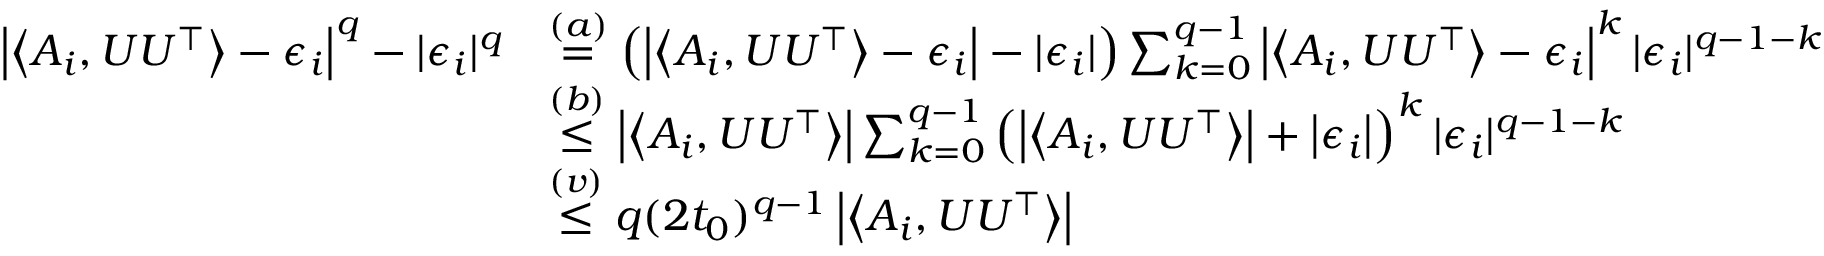
\begin{array} { r l } { \left| \left\langle A _ { i } , U U ^ { \top } \right\rangle - \epsilon _ { i } \right| ^ { q } - | \epsilon _ { i } | ^ { q } } & { \stackrel { ( a ) } { = } \left( \left| \left\langle A _ { i } , U U ^ { \top } \right\rangle - \epsilon _ { i } \right| - | \epsilon _ { i } | \right) \sum _ { k = 0 } ^ { q - 1 } \left| \left\langle A _ { i } , U U ^ { \top } \right\rangle - \epsilon _ { i } \right| ^ { k } | \epsilon _ { i } | ^ { q - 1 - k } } \\ & { \stackrel { ( b ) } { \leq } \left| \left\langle A _ { i } , U U ^ { \top } \right\rangle \right| \sum _ { k = 0 } ^ { q - 1 } \left( \left| \left\langle A _ { i } , U U ^ { \top } \right\rangle \right| + \left| \epsilon _ { i } \right| \right) ^ { k } | \epsilon _ { i } | ^ { q - 1 - k } } \\ & { \stackrel { ( v ) } { \leq } q ( 2 t _ { 0 } ) ^ { q - 1 } \left| \left\langle A _ { i } , U U ^ { \top } \right\rangle \right| } \end{array}